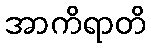
အာကိရာတိ